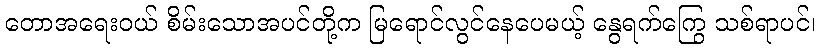
တောအရေးဝယ် စိမ်းသောအပင်တို့က မြရောင်လွင်နေပေမယ့် နွေရက်ကြွေ သစ်ရာပင်၊